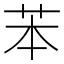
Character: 苯